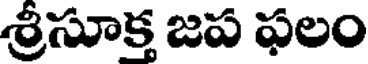
శ్రీసూక్త జప ఫలం